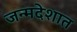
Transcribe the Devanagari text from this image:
जन्मदेशात